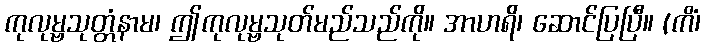
ကုလုမ္ဗသုတ္တံနာမ၊ ဤကုလုမ္ဗသုတ်မည်သည်ကို။ အာဟရိ၊ ဆောင်ပြပြီ။ (ကိံ၊